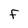
Character: F